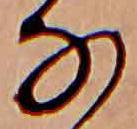
な